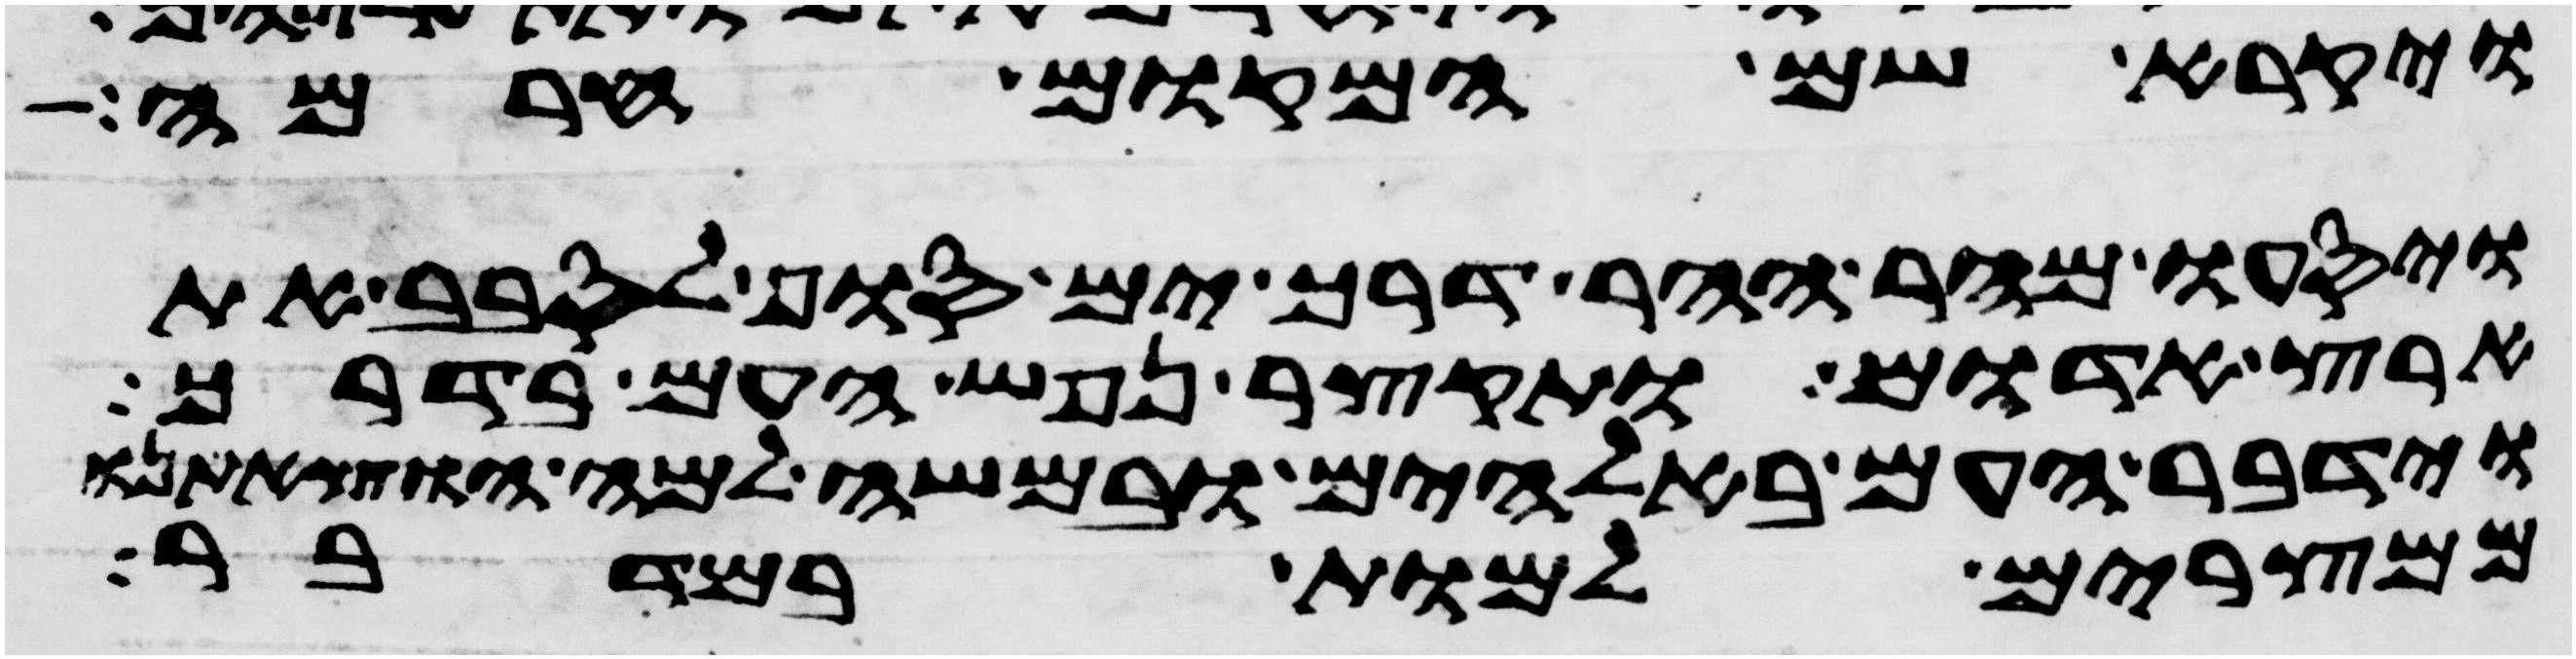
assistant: ויקרא שם המקום חרמה
ויסעו מהר ההר דרך ים סוף לסבב את
ארץ אדום ותקצר נפש העם בדרך
וידבר העם באלהים ובמשה למה הוצאתנו
ממצרים למות במדבר